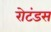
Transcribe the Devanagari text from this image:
रोटंडस